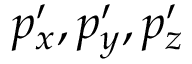
p _ { x } ^ { \prime } , p _ { y } ^ { \prime } , p _ { z } ^ { \prime }